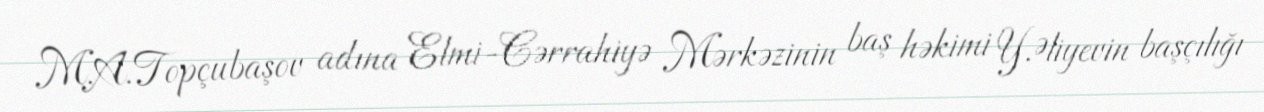
M.A.Topçubaşov adına Elmi-Cərrahiyə Mərkəzinin baş həkimi Y.Əliyevin başçılığı